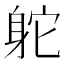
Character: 𨈷